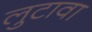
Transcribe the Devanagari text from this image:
लुटावा